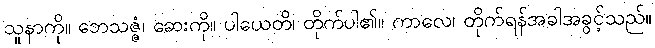
သူနာကို။ ဘေသဇ္ဇံ၊ ဆေးကို။ ပါယေတိ၊ တိုက်ပါ၏။ ကာလေ၊ တိုက်ရန်အခါအခွင့်သည်။